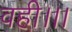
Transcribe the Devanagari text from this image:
वही।।।